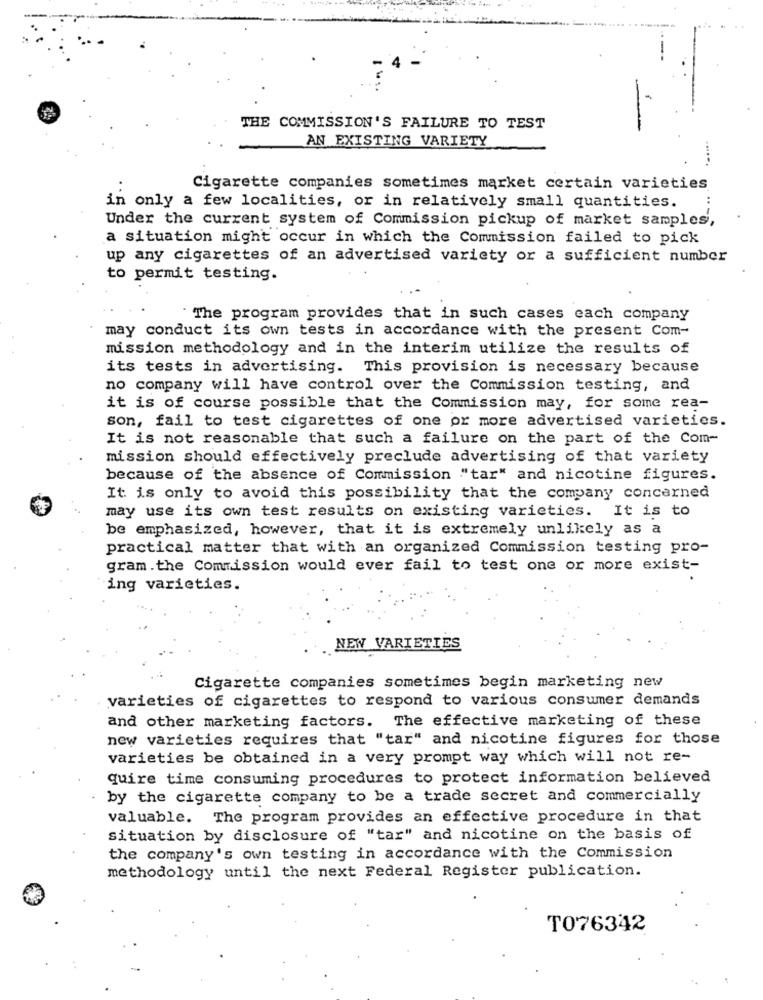
THE COMMISSION'S FAILURE TO TEST
AN EXISTING VARIETY
Cigarette companies sometimes market certain varieties
in only a few localities, or in relatively small quantities.
Under the current system of Commission pickup of market samples,
a situation might occur in which the Commission failed to pick
up any cigarettes of an advertised variety or a sufficient number
to permit testing.
The program provides that in such cases each company
may conduct its own tests in accordance with the present Com-
mission methodology and in the interim utilize the results of
its tests in advertising. This provision is necessary because
no company will have control over the Commission testing, and
it is of course possible that the Commission may, for some rea-
son, fail to test cigarettes of one or more advertised varieties.
It is not reasonable that such a failure on the part of the Com-
mission should effectively preclude advertising of that variety
because of the absence of Commission "tar" and nicotine figures.
It is only to avoid this possibility that the company concerned
may use its own test results on existing varieties. It is to
be emphasized, however, that it is extremely unlikely as a
practical matter that with an organized Commission testing pro-
gram.the Commission would ever fail to test one or more exist-
ing varieties.
NEW VARIETIES
Cigarette companies sometimes begin marketing new
varieties of cigarettes to respond to various consumer demands
and other marketing factors. The effective marketing of these
new varieties requires that "tar" and nicotine figures for those
varieties be obtained in a very prompt way which will not re-
quire time consuming procedures to protect information believed
by the cigarette company to be a trade secret and commercially
valuable. The program provides an effective procedure in that
situation by disclosure of "tar" and nicotine on the basis of
the company's own testing in accordance with the Commission
methodology until the next Federal Register publication.
TO76342